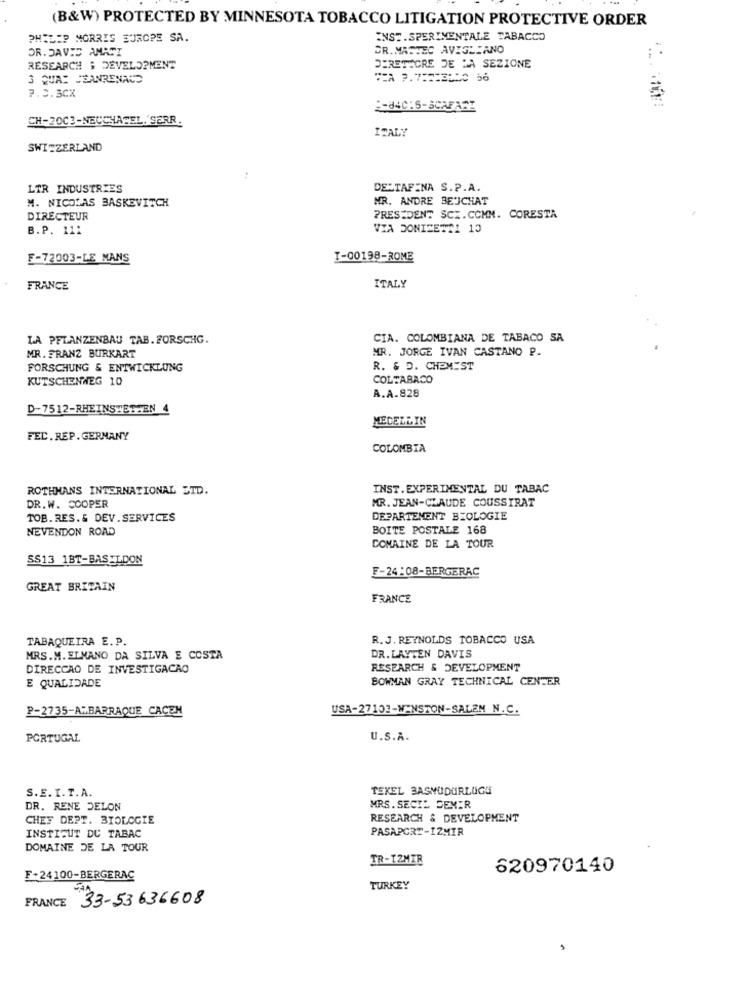
(B&W) PROTECTED BY MINNESOTA TOBACCO LITIGATION PROTECTIVE ORDER
PHILIP MORRIS EUROPE SA.
ENST. SPERIMENTALE TABACCO
DR. DAVID AMATI
DR. MASTEC AVIGLIANO
RESEARCH & DEVELOPMENT
DIRETTORE DE JA SEZIONE
3 QUA: JEANRENAUD
7.5.3CX
CH-2003-NEUCHATEL. SERR.
ITALY
SWITZERLAND
LTR INDUSTRIES
DELTAFINA S.P.A.
M. NICOLAS BASKEVITCH
MR. ANDRE BEUCHAT
DIRECTEUR
PRESIDENT SCX.CCMM. CORESTA
B.P. 111
VIA DONIZETTI 13
F-72003-LE MANS
I-00198-ROME
FRANCE
ITALY
LA PFLANZENBAU TAB. FORSCHG.
CIA. COLOMBIANA DE TABACO SA
MR. JORGE IVAN CASTANO P.
MR. FRANZ BURKART
FORSCHUNG & ENTWICKLUNG
R. & D. CHEMIST
KUTSCHENWEG 10
COLTABACO
A.A.828
D-7512-RHEINSTETTEN 4
MEDELLIN
FEC. REP. GERMANY
COLOMBIA
ROTHMANS INTERNATIONAL ETD.
INST.EXPERIMENTAL DU TABAC
MR. JEAN-CLAUDE COUSSTRAT
DR.W. COOPER
TOB.RES.& DEV. SERVICES
DEPARTEMENT BIOLOGIE
NEVENDON ROAD
BOITE POSTALE 168
DOMAINE DE LA TOUR
SS13 1BT-BASILDON
F-24:08-BERGERAC
GREAT BRITAIN
FRANCE
TABAQUEIRA E. P.
R.J. REYNOLDS TOBACCO USA
MRS.M. EL MANO DA SILVA E COSTA
DR. LAYTEN DAVIS
DIRECCAO DE INVESTIGACAO
RESEARCH & DEVELOPMENT
BOWMAN GRAY TECHNICAL CENTER
E QUALIDADE
P-2735-ALBARRAQUE CACEM
USA-27102-WINSTON-SALEM N.C.
PORTUGAL
U.S.A.
TEKEL BASMÜDÜRLÜGÜ
S.E. I. T.A.
DR. RENE DELON
MRS. SECIL DEMIR
CHEF DEPT. BIOLOGIE
RESEARCH & DEVELOPMENT
PASAPORT-IZMIR
INSTITUT DU TABAC
DOMAINE DE LA TOUR
TR-12MIR
620970140
F+24100-BERGERAC
TURKEY
FRANCE 33-53636608